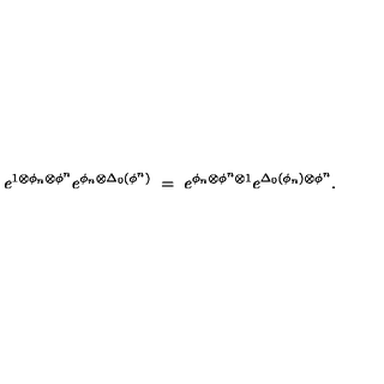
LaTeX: e ^ { 1 \otimes \phi _ { n } \otimes \phi ^ { n } } e ^ { \phi _ { n } \otimes \Delta _ { 0 } ( \phi ^ { n } ) } \ = \ e ^ { \phi _ { n } \otimes \phi ^ { n } \otimes 1 } e ^ { \Delta _ { 0 } ( \phi _ { n } ) \otimes \phi ^ { n } } .